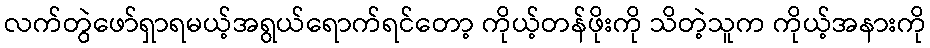
လက်တွဲဖော်ရှာရမယ့်အရွယ်ရောက်ရင်တော့ ကိုယ့်တန်ဖိုးကို သိတဲ့သူက ကိုယ့်အနားကို